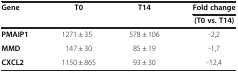
| Gene | T0 | T14 | Fold change |
 |  |  |  | (T0 vs. T14) |
 | --- | --- | --- | --- |
 | PMAIP1 | 1271 ± 35 | 578 ± 106 | -2,2 |
 | MMD | 147 ± 30 | 85 ± 19 | -1,7 |
 | CXCL2 | 1150 ± 865 | 93 ± 30 | -12,4 |